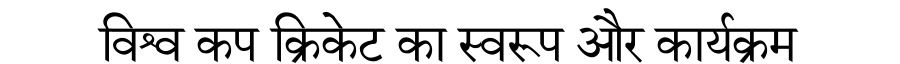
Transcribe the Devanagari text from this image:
विश्व कप क्रिकेट का स्वरूप और कार्यक्रम